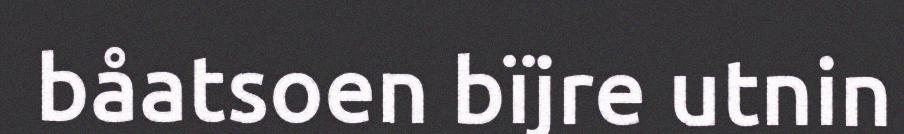
båatsoen bïjre utnin